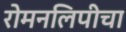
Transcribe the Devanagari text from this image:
रोमनलिपीचा